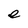
Character: e